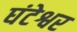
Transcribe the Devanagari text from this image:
घंटेश्वर